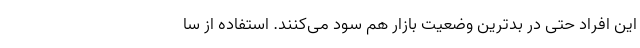
این افراد حتی در بدترین وضعیت بازار هم سود می‌کنند. استفاده از سا